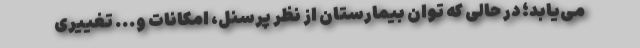
می‌یابد؛ در حالی که توان بیمارستان از نظر پرسنل، امکانات و... تغییری